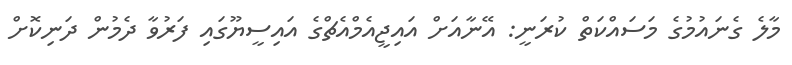
މާލެ ގެނައުމުގެ މަސައްކަތް ކުރަނީ: އޭނާއަށް އައިޖީއެމްއެޗްގެ އައިސީޔޫގައި ފަރުވާ ދެމުން ދަނިކޮށް